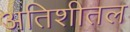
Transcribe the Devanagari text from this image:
अतिशीतल